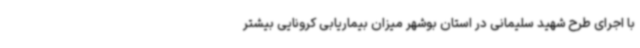
با اجرای طرح شهید سلیمانی در استان بوشهر میزان بیماریابی کرونایی بیشتر